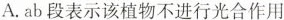
A.ab段表示该植物不进行光合作用